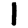
Digit: 1